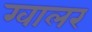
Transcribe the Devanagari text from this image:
ग्वालर